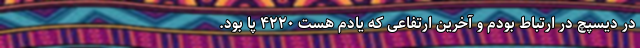
در دیسپچ در ارتباط بودم و آخرین ارتفاعی که یادم هست ۴۲۲۰ پا بود.